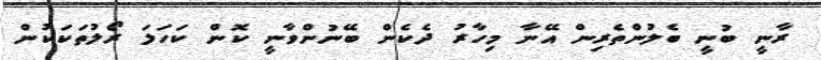
ރާނީ ބުނީ ބެލުންތެރިން އޭނާ މިހާރު ދެކެން ބޭނުންވާނީ ކޮން ކަހަލަ ރޯލުތަކަކުން